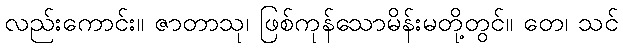
လည်းကောင်း။ ဇာတာသု၊ ဖြစ်ကုန်သောမိန်းမတို့တွင်။ တေ၊ သင်